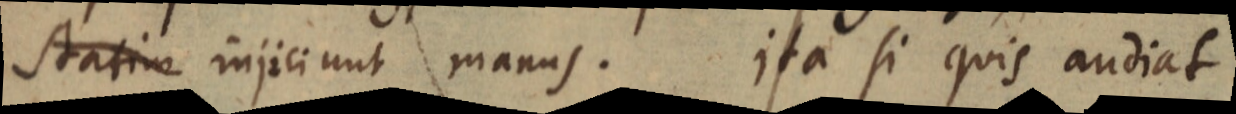
statim injiciunt manus. Ita si quis audiat